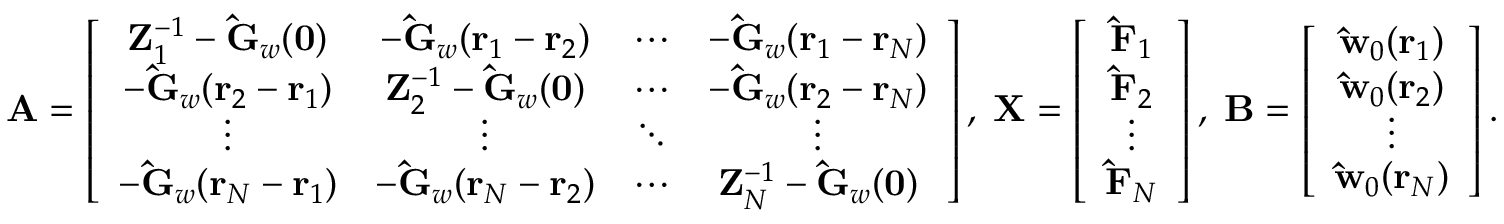
\mathbf { A } = \left[ \begin{array} { c c c c } { { \mathbf { Z } _ { 1 } ^ { - 1 } - \mathbf { \hat { G } } _ { w } ( \mathbf { 0 } ) } } & { { - \mathbf { \hat { G } } _ { w } ( \mathbf { r } _ { 1 } - \mathbf { r } _ { 2 } ) } } & { { \cdots } } & { { - \mathbf { \hat { G } } _ { w } ( \mathbf { r } _ { 1 } - \mathbf { r } _ { N } ) } } \\ { { - \mathbf { \hat { G } } _ { w } ( \mathbf { r } _ { 2 } - \mathbf { r } _ { 1 } ) } } & { { \mathbf { Z } _ { 2 } ^ { - 1 } - \mathbf { \hat { G } } _ { w } ( \mathbf { 0 } ) } } & { { \cdots } } & { { - \mathbf { \hat { G } } _ { w } ( \mathbf { r } _ { 2 } - \mathbf { r } _ { N } ) } } \\ { { \vdots } } & { { \vdots } } & { { \ddots } } & { { \vdots } } \\ { { - \mathbf { \hat { G } } _ { w } ( \mathbf { r } _ { N } - \mathbf { r } _ { 1 } ) } } & { { - \mathbf { \hat { G } } _ { w } ( \mathbf { r } _ { N } - \mathbf { r } _ { 2 } ) } } & { { \cdots } } & { { \mathbf { Z } _ { N } ^ { - 1 } - \mathbf { \hat { G } } _ { w } ( \mathbf { 0 } ) } } \end{array} \right] , \; \mathbf { X } = \left[ \begin{array} { c } { { \mathbf { \hat { F } } _ { 1 } } } \\ { { \mathbf { \hat { F } } _ { 2 } } } \\ { \vdots } \\ { { \mathbf { \hat { F } } _ { N } } } \end{array} \right] , \; \mathbf { B } = \left[ \begin{array} { c } { { \mathbf { \hat { w } } _ { 0 } ( \mathbf { r } _ { 1 } ) } } \\ { { \mathbf { \hat { w } } _ { 0 } ( \mathbf { r } _ { 2 } ) } } \\ { \vdots } \\ { { \mathbf { \hat { w } } _ { 0 } ( \mathbf { r } _ { N } ) } } \end{array} \right] .